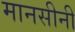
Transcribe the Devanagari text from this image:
मानसीनी